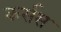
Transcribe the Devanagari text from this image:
कर्सस